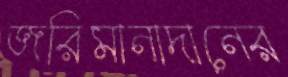
জরিমানাদানের